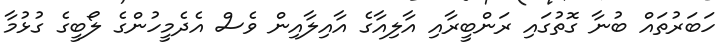
ހަބަރުތައް ބުނާ ގޮތުގައި ރަންބީރާއި އާލިއާގެ އާއިލާއިން ވެސް އެދެމީހުންގެ ލޯބީގެ ގުޅުމާ